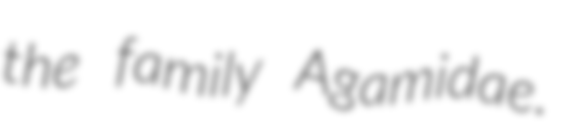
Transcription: the family Agamidae.